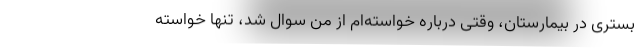
بستری در بیمارستان، وقتی درباره خواسته‌ام از من سوال شد، تنها خواسته